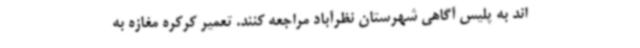
اند به پلیس آگاهی شهرستان نظرآباد مراجعه کنند. تعمیر کرکره مغازه به